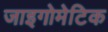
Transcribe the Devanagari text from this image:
जाइगोमेटिक